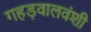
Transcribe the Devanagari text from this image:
गहड़वालवंशी